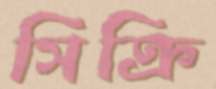
সিক্রি